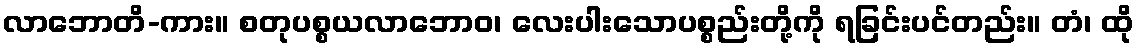
လာဘောတိ-ကား။ စတုပစ္စယလာဘောဝ၊ လေးပါးသောပစ္စည်းတို့ကို ရခြင်းပင်တည်း။ တံ၊ ထို